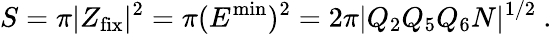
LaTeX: S=\pi|Z_{\mathrm{fix}}|^{2}=\pi(E^{\mathrm{min}})^{2}=2\pi|Q_{2}Q_{5}Q_{6}N|^{1/2}\ .